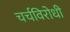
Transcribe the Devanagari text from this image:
चर्चविरोधी